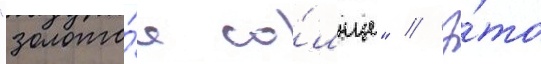
"золото́е со́лнце" // Э́то